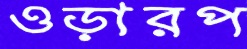
ওড়ারপ